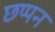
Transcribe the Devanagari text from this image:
छप्‍पन